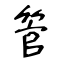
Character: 管